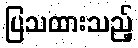
ပြသထားသည့်